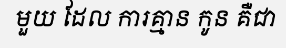
មួយ ដែល ការគ្មាន កូន គឺជា